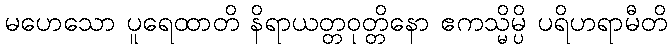
မဟေသော ပူရေထာတိ နိရာယတ္တဝုတ္တိနော ဧကသ္မိမ္ပိ ပရိဟရာမီတိ